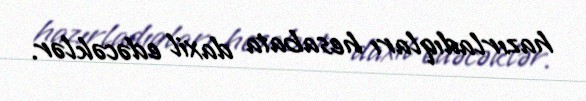
hazırladıqları hesabata daxil edəcəklər.